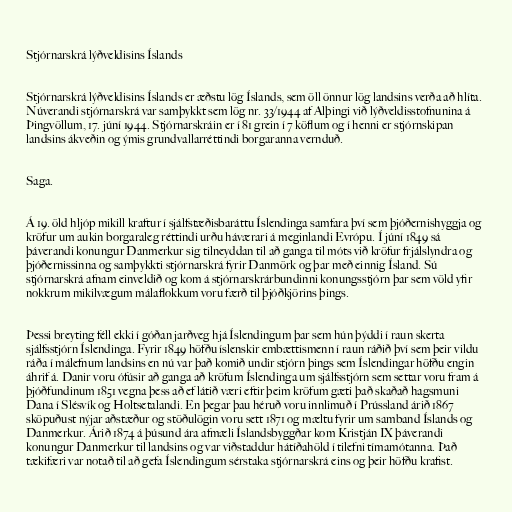
Stjórnarskrá lýðveldisins Íslands

Stjórnarskrá lýðveldisins Íslands er æðstu lög Íslands, sem öll önnur lög landsins verða að hlíta.
Núverandi stjórnarskrá var samþykkt sem lög nr. 33/1944 af Alþingi við lýðveldisstofnunina á
Þingvöllum, 17. júní 1944. Stjórnarskráin er í 81 grein í 7 köflum og í henni er stjórnskipan
landsins ákveðin og ýmis grundvallarréttindi borgaranna vernduð.

Saga.

Á 19. öld hljóp mikill kraftur í sjálfstæðisbaráttu Íslendinga samfara því sem þjóðernishyggja og
kröfur um aukin borgaraleg réttindi urðu háværari á meginlandi Evrópu. Í júní 1849 sá
þáverandi konungur Danmerkur sig tilneyddan til að ganga til móts við kröfur frjálslyndra og
þjóðernissinna og samþykkti stjórnarskrá fyrir Danmörk og þar með einnig Ísland. Sú
stjórnarskrá afnam einveldið og kom á stjórnarskrárbundinni konungsstjórn þar sem völd yfir
nokkrum mikilvægum málaflokkum voru færð til þjóðkjörins þings.

Þessi breyting féll ekki í góðan jarðveg hjá Íslendingum þar sem hún þýddi í raun skerta
sjálfsstjórn Íslendinga. Fyrir 1849 höfðu íslenskir embættismenn í raun ráðið því sem þeir vildu
ráða í málefnum landsins en nú var það komið undir stjórn þings sem Íslendingar höfðu engin
áhrif á. Danir voru ófúsir að ganga að kröfum Íslendinga um sjálfsstjórn sem settar voru fram á
þjóðfundinum 1851 vegna þess að ef látið væri eftir þeim kröfum gæti það skaðað hagsmuni
Dana í Slésvík og Holtsetalandi. En þegar þau héruð voru innlimuð í Prússland árið 1867
sköpuðust nýjar aðstæður og stöðulögin voru sett 1871 og mæltu fyrir um samband Íslands og
Danmerkur. Árið 1874 á þúsund ára afmæli Íslandsbyggðar kom Kristján IX þáverandi
konungur Danmerkur til landsins og var viðstaddur hátíðahöld í tilefni tímamótanna. Það
tækifæri var notað til að gefa Íslendingum sérstaka stjórnarskrá eins og þeir höfðu krafist.